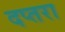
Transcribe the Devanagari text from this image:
दप्तरा